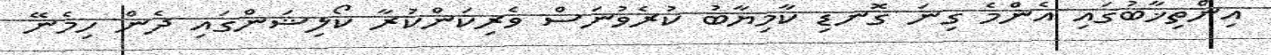
އިންތިޚާބުގައި އެންމެ ގިނަ ގޮނޑި ކާމިޔާބު ކުރެވުނަސް ވެރިކަންކުރާ ކޯލިޝަންގައި ދެން ހިމެނޭ